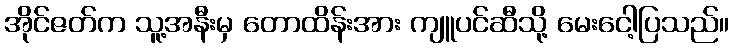
အိုင်ဇတ်က သူ့အနီးမှ တောထိန်းအား ကျူပင်ဆီသို့ မေးငေါ့ပြသည်။